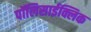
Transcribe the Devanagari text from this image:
पॉलिसाईक्लिक